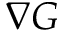
\boldsymbol { \nabla } G